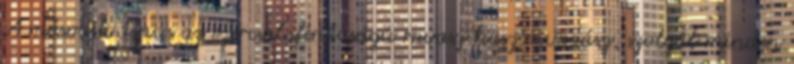
A második típus az ezercsalafintaságú ravasz haszonvadász, szolgál minden